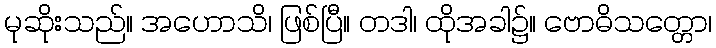
မုဆိုးသည်။ အဟောသိ၊ ဖြစ်ပြီ။ တဒါ၊ ထိုအခါ၌။ ဗောဓိသတ္တော၊